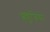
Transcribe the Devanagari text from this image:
फ्ल्युजिया